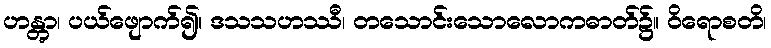
ဟန္တွာ၊ ပယ်ဖျောက်၍။ ဒသသဟဿီ၊ တသောင်းသောလောကဓာတ်၌။ ဝိရောစတိ၊